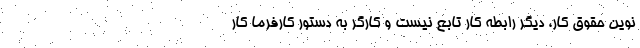
نوین حقوق کار، دیگر رابطه کار تابع نیست و کارگر به دستور کارفرما کار